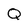
Character: Q